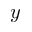
y